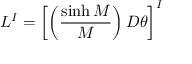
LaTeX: L ^ { I } = \left[ \left( { \frac { \sinh { \cal M } } { \cal M } } \right) D \theta \right] ^ { I }